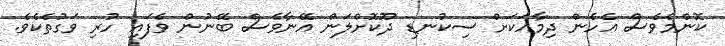
ކޮންމެވެސް އެހެން ދިމާއަކަށް ސިކުނޑި ދޫކޮށްލަން އޭނާވެސް ބޭނުން ވެފައި ހުރި ވަގުތެކެވެ.